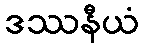
ဒဿနီယံ